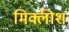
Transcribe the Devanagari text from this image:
मिक्लीश